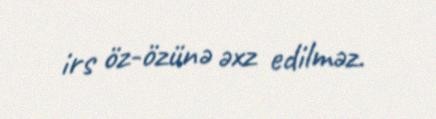
irs öz-özünə əxz edilməz.